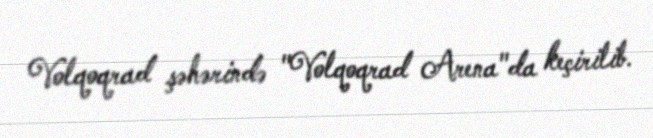
Volqoqrad şəhərində "Volqoqrad Arena"da keçirilib.